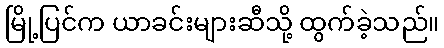
မြို့ပြင်က ယာခင်းများဆီသို့ ထွက်ခဲ့သည်။